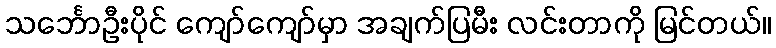
သင်္ဘောဦးပိုင် ကျော်ကျော်မှာ အချက်ပြမီး လင်းတာကို မြင်တယ်။